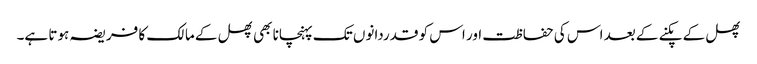
پھل کے پکنے کے بعد اس کی حفاظت اور اس کو قدردانوں تک پہنچانا بھی پھل کے مالک کا فریضہ ہوتا ہے۔